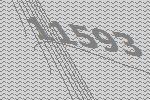
11593